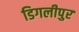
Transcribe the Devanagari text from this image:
डिगलीपुर